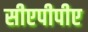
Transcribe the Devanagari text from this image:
सीएपीपीए